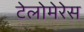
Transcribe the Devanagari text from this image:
टेलोमेरेस